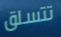
تتسلق